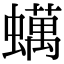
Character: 蠇